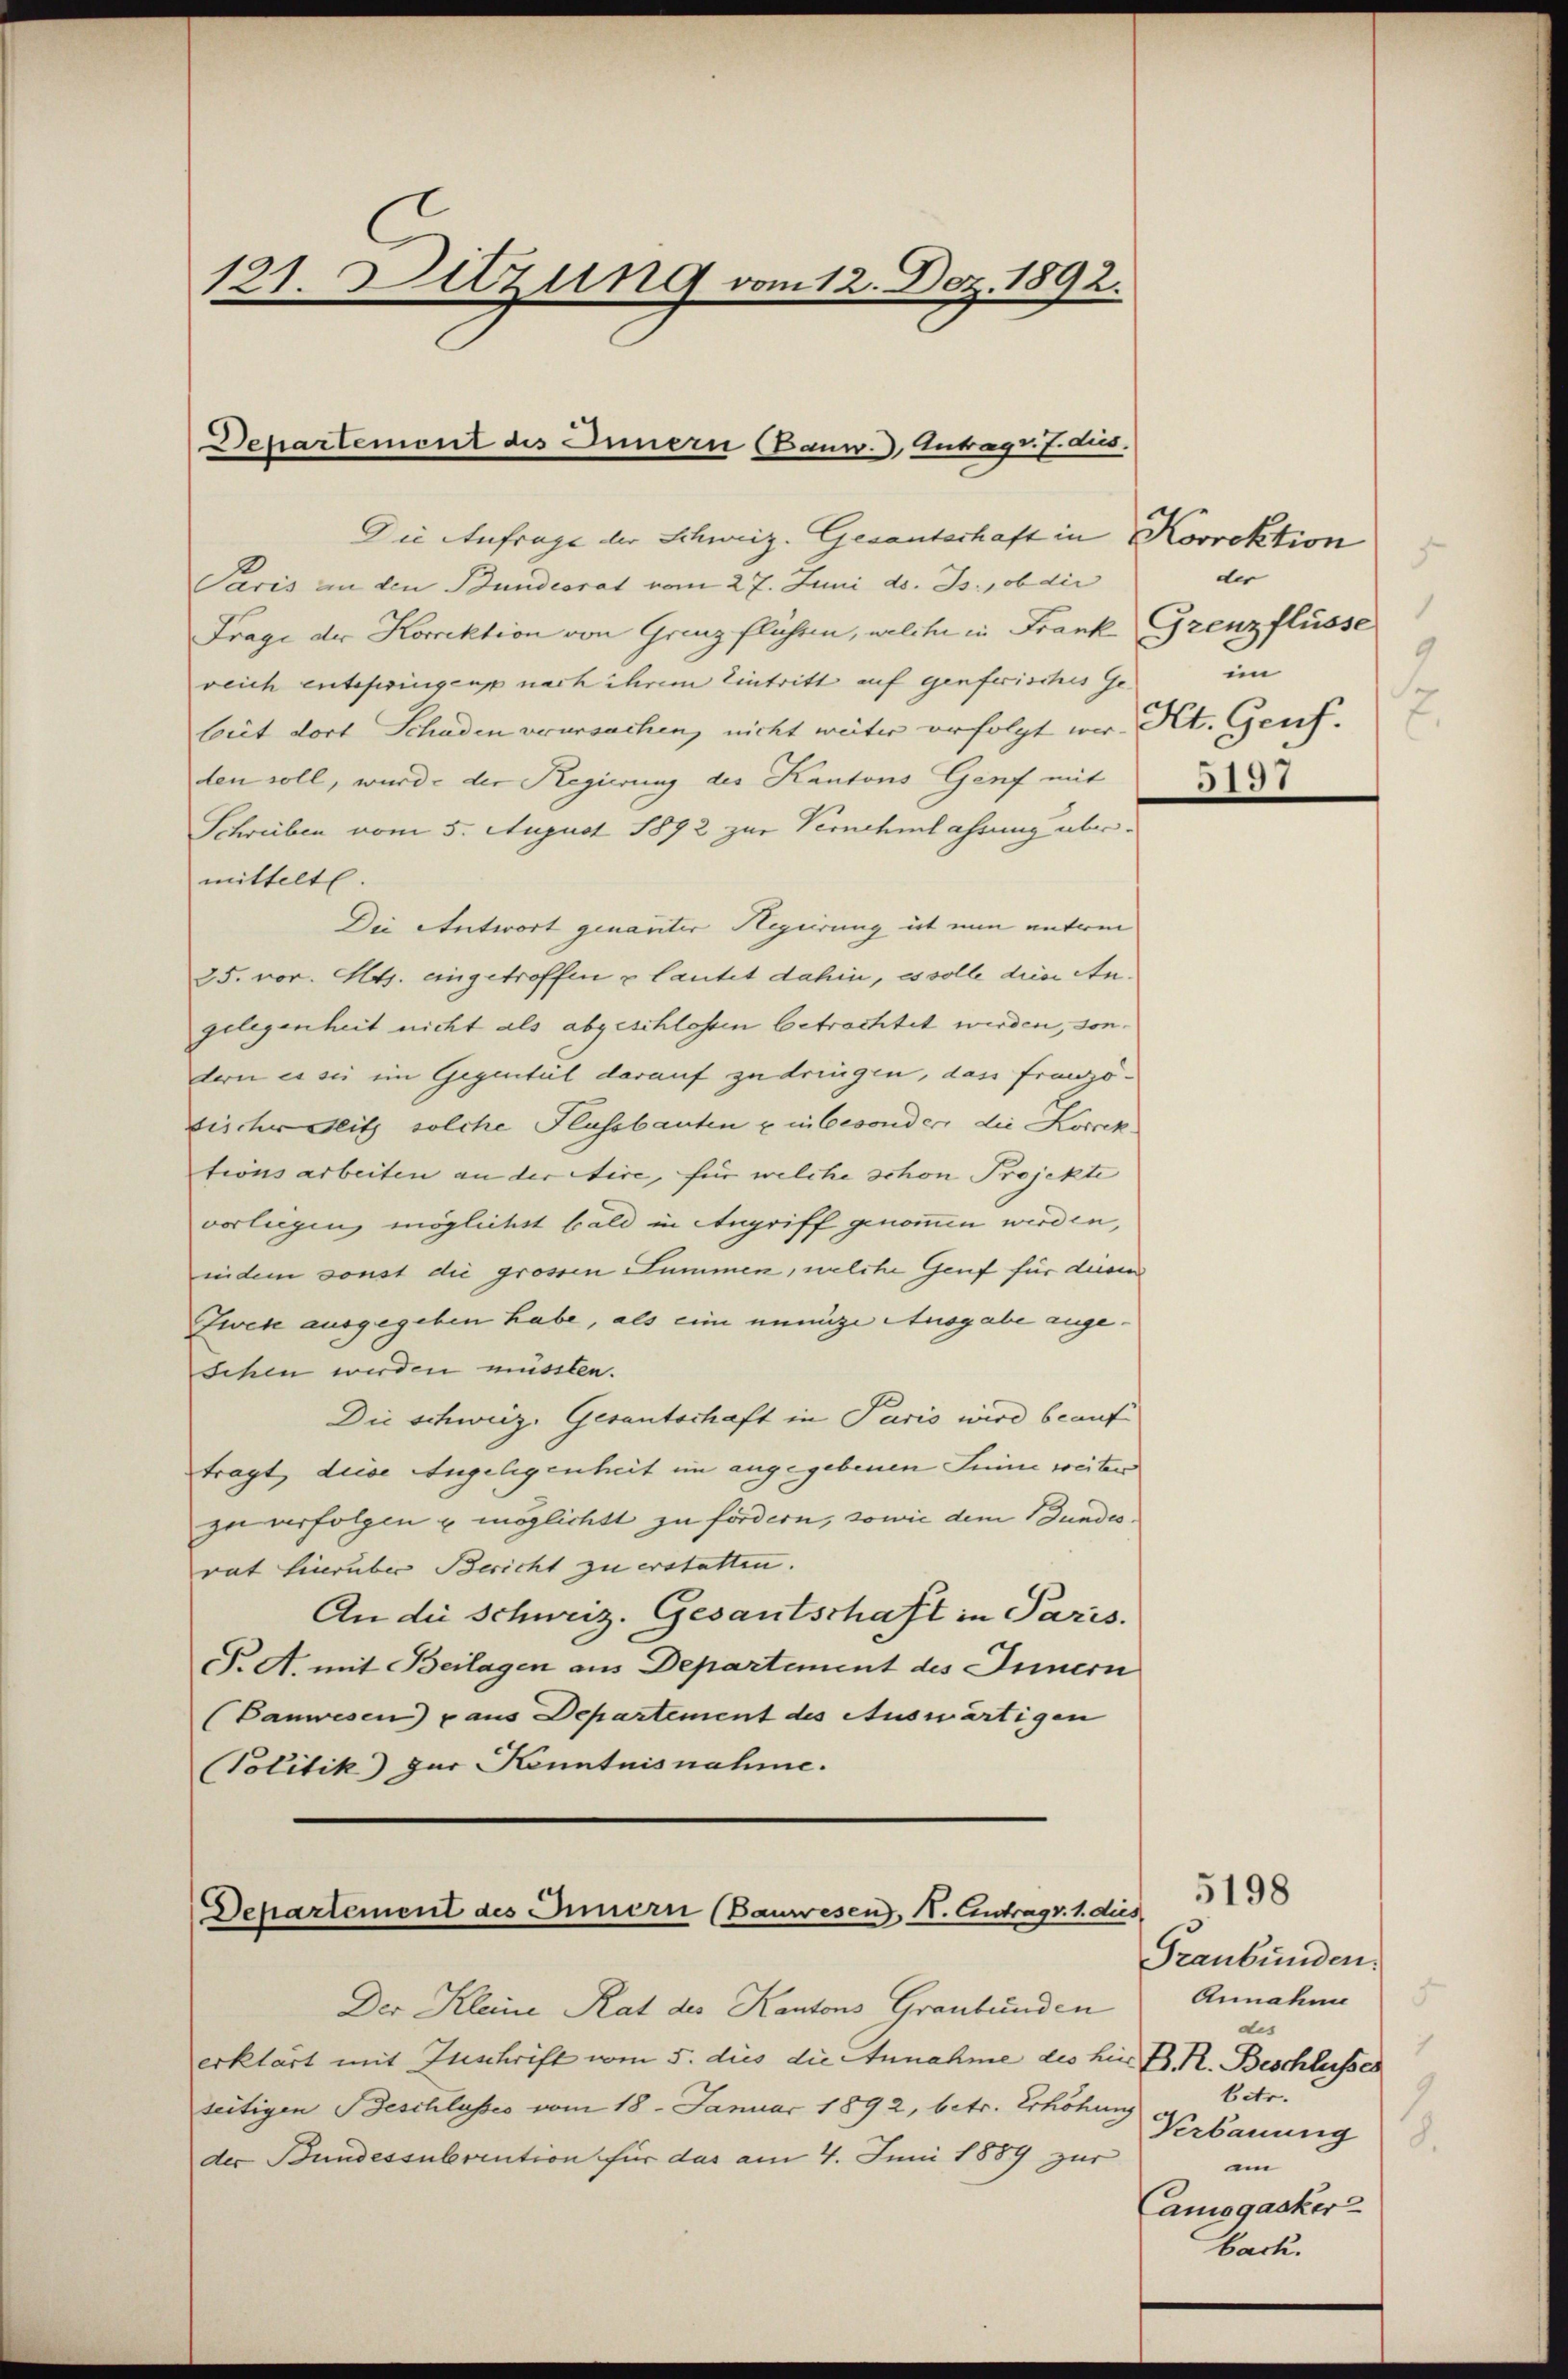
121. Sitzung vom 12. Dez. 1892.

Die Anfrage der Schweiz. Gesantschaft in Korrektion
Paris an den Bundesrat vom 27. Juni d. Js. ob die
Frage der Korrektion von Grenz flüssen, welche in Frank Grenzflüsse
reich entsfwiegen nach ihrem Eintritt auf genferisches Ge-
beit dort Schaden verursachen, nicht weiter erfolgt wir Kt. Genf.
den soll, wurde der Regierung des Kantons Genf mit
Schreiben vom 5. August 1892 zur Vernehmlahrung übermittelte.
Die Antwort genannter Regierung ist nun unterm
25. vor. Mts. eingetroffen & lautet dahin, es solle die Angelegenheit nicht als abgeschlossen betrachtet werden, sondern es sei im Gegentel darauf zu dringen, das Franzötischer Blitz solche Flussbauten u in besonder die Korrektionsarbeiten an der Aire, für welche schon Projekte
vorliegen möglichst bald in Angriff genommen werden,
indem sonst die grossen Summen, welche Genf für diesm
Zwese ausgegeben habe, als eine wenige Ausgabe ange¬
Schen werden müssten.
Die schweiz. Gesantschaft in Paris wird beauftragt, diese Angelegenheit im angegebenen Sinne weiter
zu verfolgen u möglichtt zu fördern, sowie dem Bundesrat hierüber Bericht zu erstatten.
An die Schweiz. Gesantschaft in Paris.
F. A. mit Beilagen aus Departement des Innern
(Banwesen) p aus Departement des Auswärtigen
(Politik) zur Kenntnisnahme.

Departement des Innern (Banw.) Antrags. f. aus.

Departement des Innern (Bauwesen, N. Eintrag v. 1. dies

Der Kleine Rat des Kantons Graubünden
erklärt mit Zuschrift vom 5. dies die Annahme des hier B. R. Beschlusser
seitigen Beschlusses vom 18. Januar 1892, betr. Erhöhung
der Bundessubvention für das am 4. Juni 1889 zur

der
ein
2

5197

Graubünden.
Annahme
des
9
betr.
Verbauung
d.
im
Camogacker
back.

5198